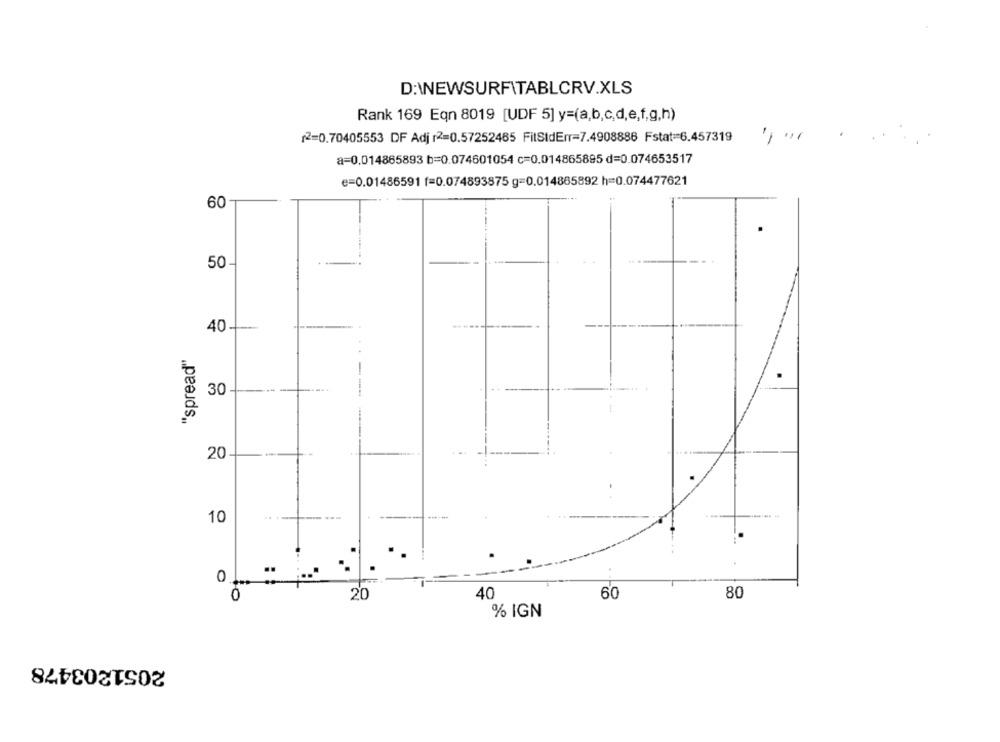
D:\NEWSURFITABLCRV.XLS
Rank 169 Eqn 8019 [UDF 5] y=(a,b,c,d,e,f,g,h)
12=0.70405553 DF Adj r2=0.57252485 FitStdEnr=7.4908886 Fstat=6.457319
a=0.014865893 b=0.074601054 c=0.014865895 d=0.074653517
e=0.01486591 f=0.074893875 g=0.014865892 h=0.074477621
60
50-
40 -----
"spread"
30
20
10
..
0
80
20
40
60
% IGN
2051203478